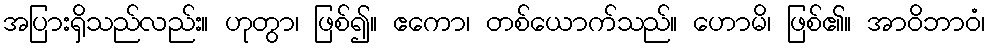
အပြားရှိသည်လည်း။ ဟုတွာ၊ ဖြစ်၍။ ဧကော၊ တစ်ယောက်သည်။ ဟောမိ၊ ဖြစ်၏။ အာဝိဘာဝံ၊